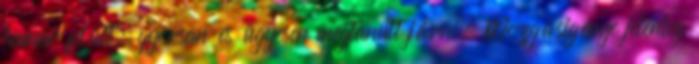
hamar felült, gyorsan és ügyesen megtanult járni. Mozgásigénye jelenleg